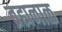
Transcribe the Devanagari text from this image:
ब्रह्मनाळ